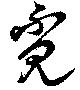
覔